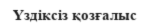
Үздіксіз қозғалыс